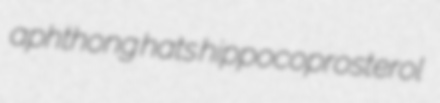
aphthong hats hippocoprosterol